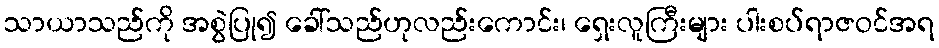
သာယာသည်ကို အစွဲပြု၍ ခေါ်သည်ဟုလည်းကောင်း၊ ရှေးလူကြီးများ ပါးစပ်ရာဇဝင်အရ